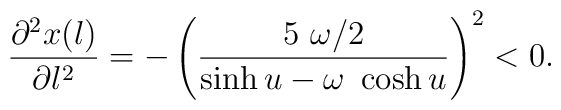
\frac{\partial^2 x(l)}{\partial l^2} = -\left(\frac{5 ~ \omega/2}{ \sinh u - \omega ~ \cosh u } \right)^2 < 0.